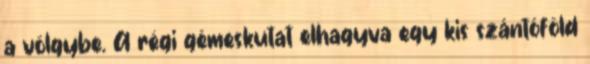
a völgybe. A régi gémeskutat elhagyva egy kis szántóföld